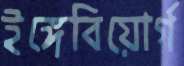
ইঙ্গেবিয়োর্গ